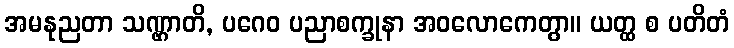
အမနုညတာ သဏ္ဌာတိ, ပဂေဝ ပညာစက္ခုနာ အဝလောကေတွာ။ ယတ္ထ စ ပတိတံ